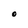
Character: O